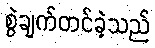
စွဲချက်တင်ခဲ့သည်